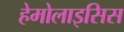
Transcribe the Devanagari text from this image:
हेमोलाइसिस